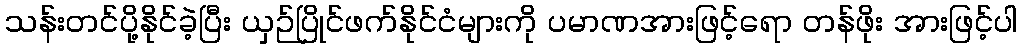
သန်းတင်ပို့နိုင်ခဲ့ပြီး ယှဉ်ပြိုင်ဖက်နိုင်ငံများကို ပမာဏအားဖြင့်ရော တန်ဖိုး အားဖြင့်ပါ